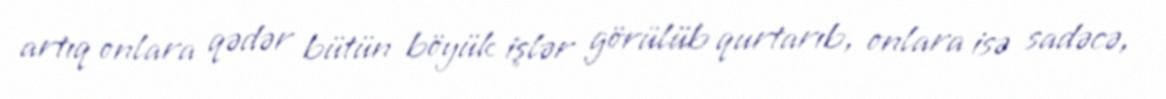
artıq onlara qədər bütün böyük işlər görülüb qurtarıb, onlara isə sadəcə,